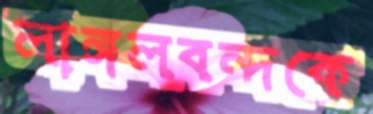
লাঙ্গলবন্দকে